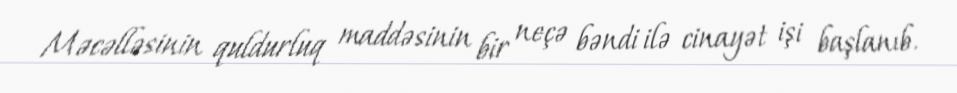
Məcəlləsinin quldurluq maddəsinin bir neçə bəndi ilə cinayət işi başlanıb.